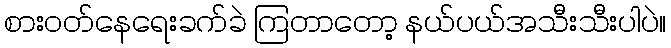
စားဝတ်နေရေးခက်ခဲ ကြတာတော့ နယ်ပယ်အသီးသီးပါပဲ။